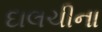
દાલચીના